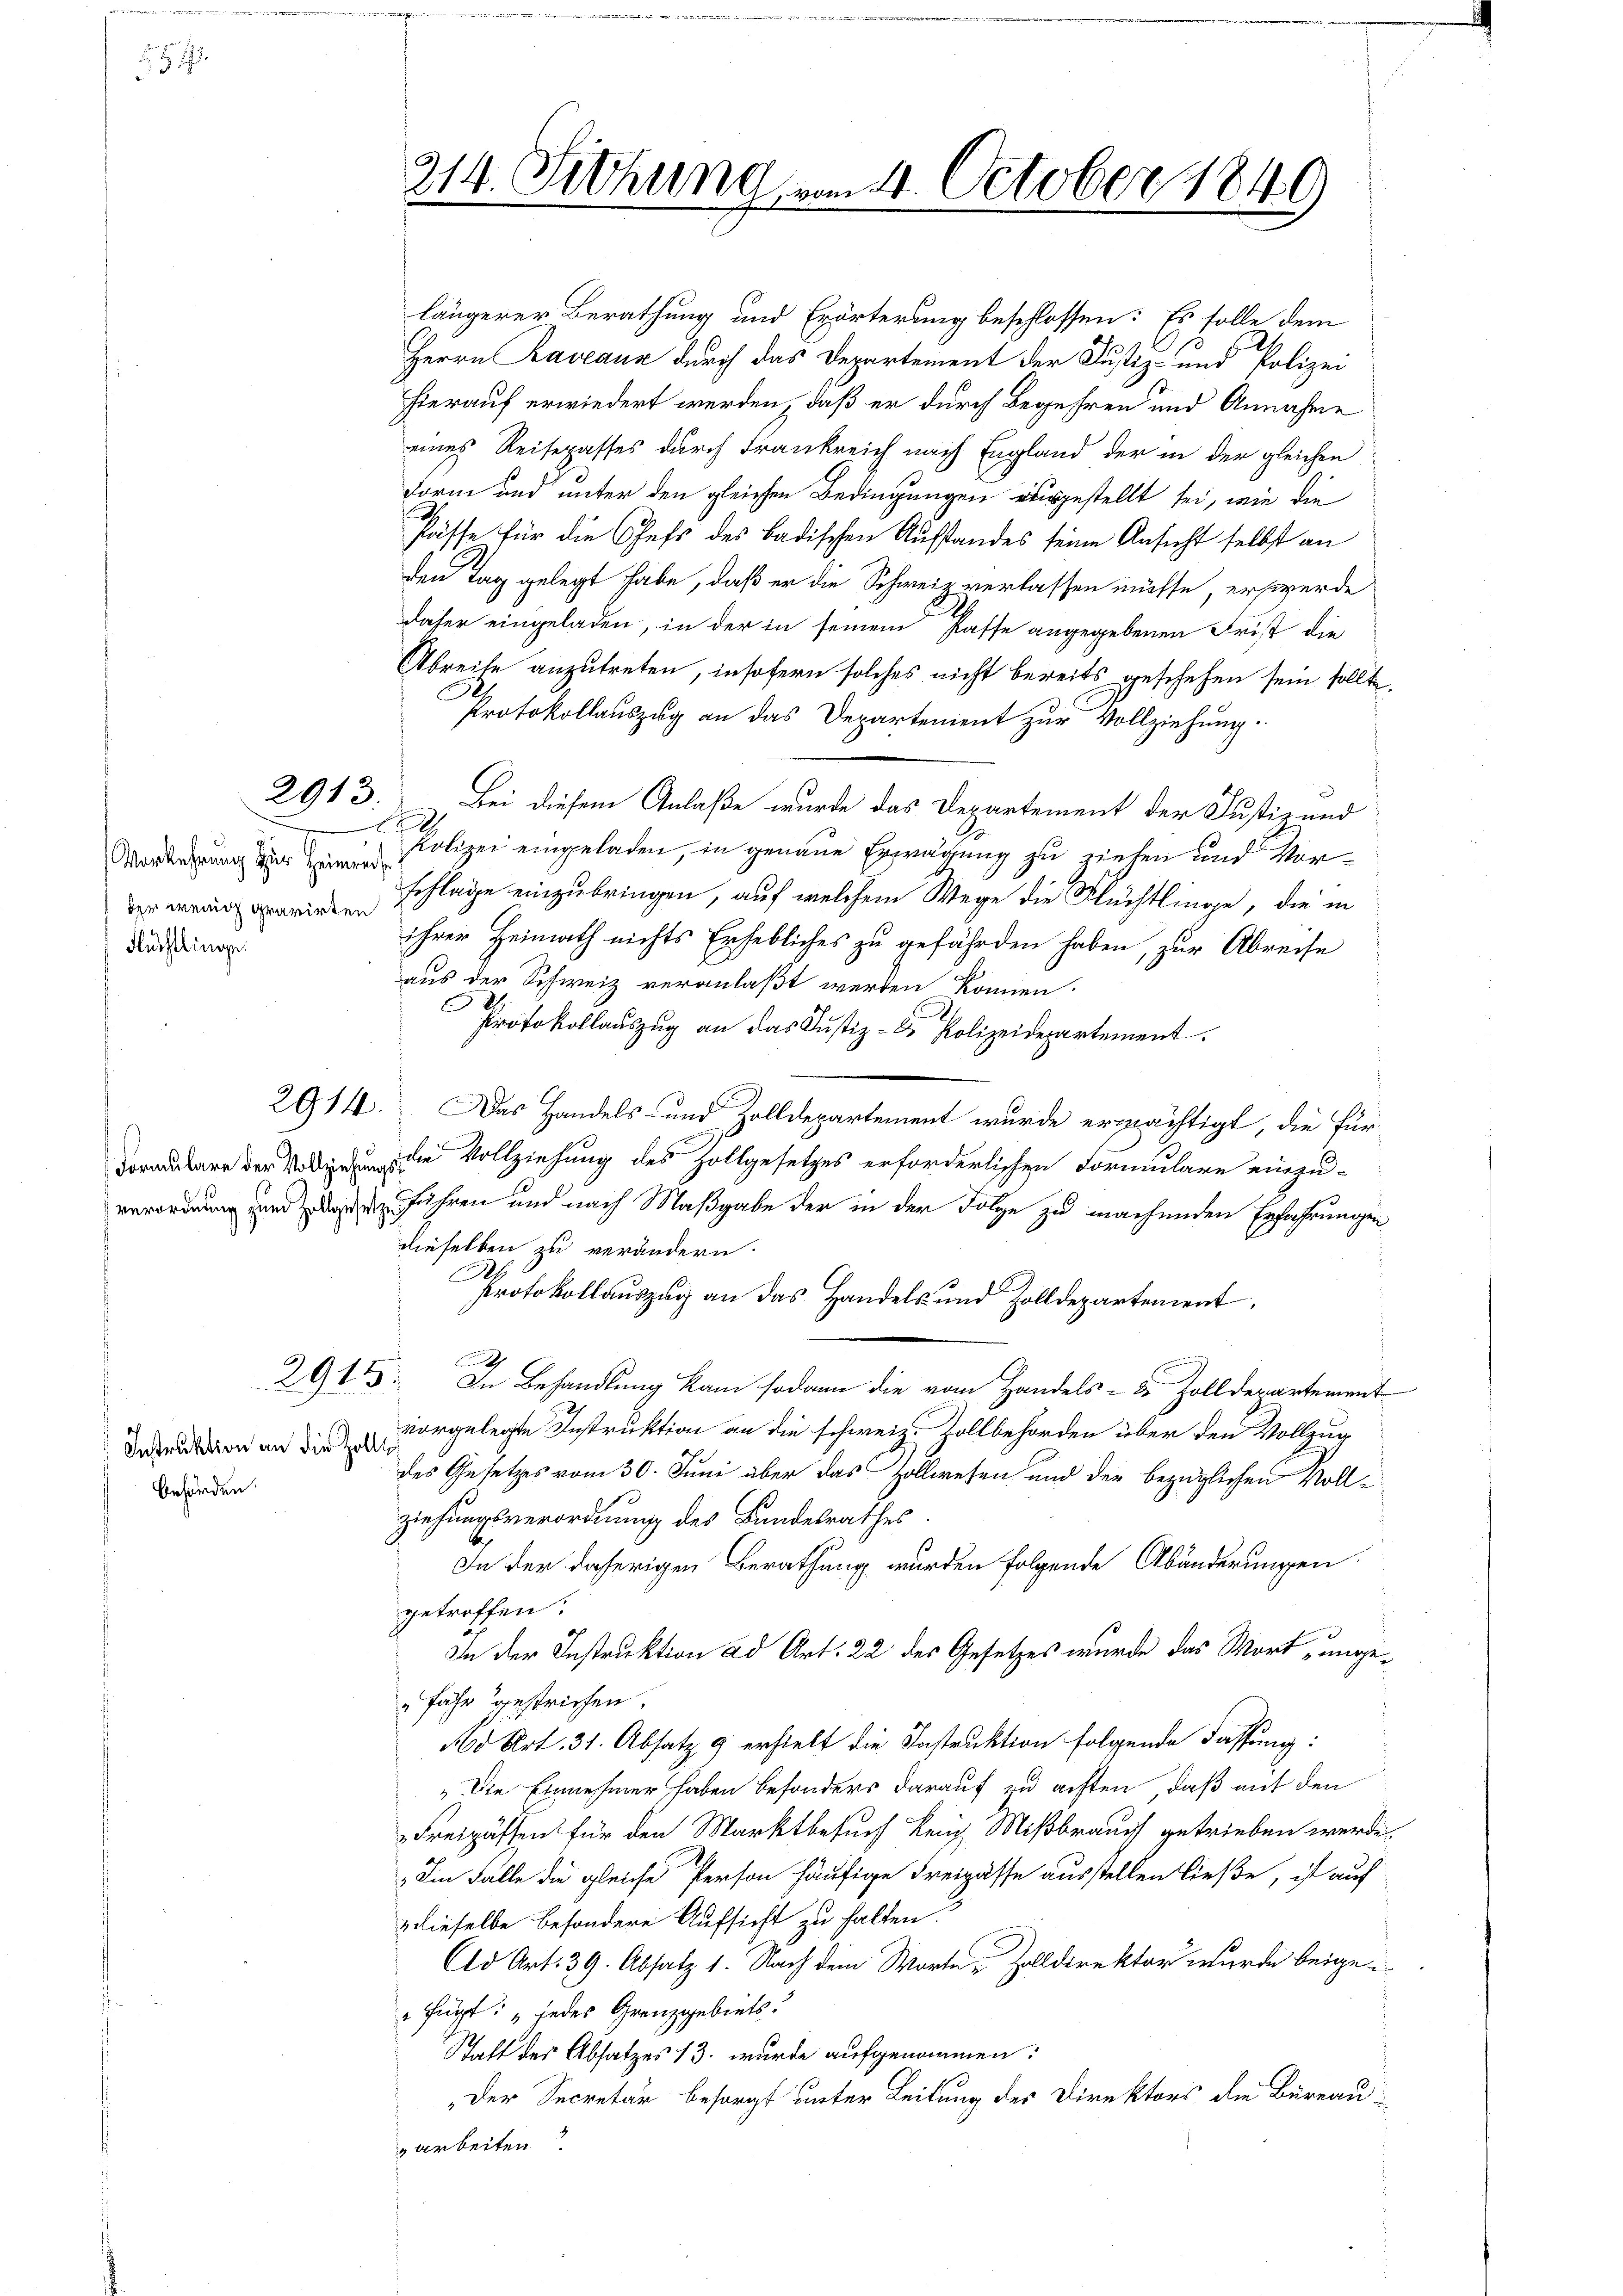
51

Vorkehrung zur Heinrech
der wenig gravirten
Flüchtlingen.

Formulare der Vollziehun
verordnung zum Zollgiese

2913.

2914.

2915.

Instruktion an die Zol
behörden.

214. Sitzung vom 24. October 1840
.
d

längerer Berathung und Erörterung beschlossen: Es solle dem
Herrn Raveaux durch das Departement der Justiz- und Polizei
hierauf erwiedert werden, daß er durch Begehren und Annahme
eines Reisepasses durch Frankreich nach England der in der gleichen
Form und unter den gleichen Bedingungen ausgestellt sei, wie die
Pässe für die Chefs des badischen Ausstandes seine Ansicht selbst an
den Tag gelegt habe, daß er die Schweiz verlassen müsse, er werde
daher eingeladen, in der in seinem Pässe angegebenen Frist die
Abreite anzutreten, insofern solches nicht bereits geschehen sein sollte.
Protokollauszug an das Departement zur Vollziehung.

Bei diesem Anlaße wurde das Departement der Justiz und
.
Polizei eingeladen, in genaue Erwägung zu ziehen und Vorschlage einzubringen, auf welchem Wege die Flüchtlinge, die in
ihrer Heimath nichts Erhebliches zu gefährden haben, zur Abreise
aus der Schweiz veranlaßt werden können.
.
Protokollauszug an das Justiz- & Polizeidepartement
Das Handels- und Zolldepartement wurde ermächtigt, die für
die Vollziehung des Zollgesetzes erforderlichen Formulare einzu-
führen und nach Maßgabe der in der Folge zu machenden Erfahrungen
dieselben zu verändern.
Ab
Protokollauszug an das Handels- und Zolldepartement,
h
In Behandlung kam sodann die vom Handels- & Zolldepartement
vorgelegte Instruktion an die schweiz. Kollbehörden über den Vollzug
des Gesetzes vom 30. Juni aber das Zollwesen und der bezüglichen Vollziehungsverordnung des Bundesrathes
In der daherigen Berathung wurden folgende Abänderungen
getroffen.
In der Instruktion ad Art. 22 des Gesetzes wurde das Wort „unge¬
"Fahr gestrichen.
No Art. 31. Absatz g erhielt die Instruktion folgende Fassung:
"Die Einnehmer haben besonders darauf zu achten, daß auf den
Freipässen für den Marktbesuch kein Mißbrauch getrieben werde.
Die Falle die gleiche Person häufige Freizässe ausstellen ließe, ist auf
z dieselbe besondere Aufsicht zu halten.
Cd Art. 39. Absatz 1. Nach dem Worte Zolldirektor wurde beige
" fügt: „jedes Granzgebiets
Statt der Absatzes 13. wurde aufgenommen:
„Der Secretär besorgt unter Leitung des Direktors die Büreauzarbeiten